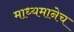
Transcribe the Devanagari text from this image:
माध्यमानेच